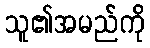
သူ၏အမည်ကို